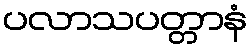
ပလာသပတ္တာနံ